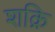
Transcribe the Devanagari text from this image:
शक्रि